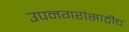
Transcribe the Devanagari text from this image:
उपनगरांसाठीच